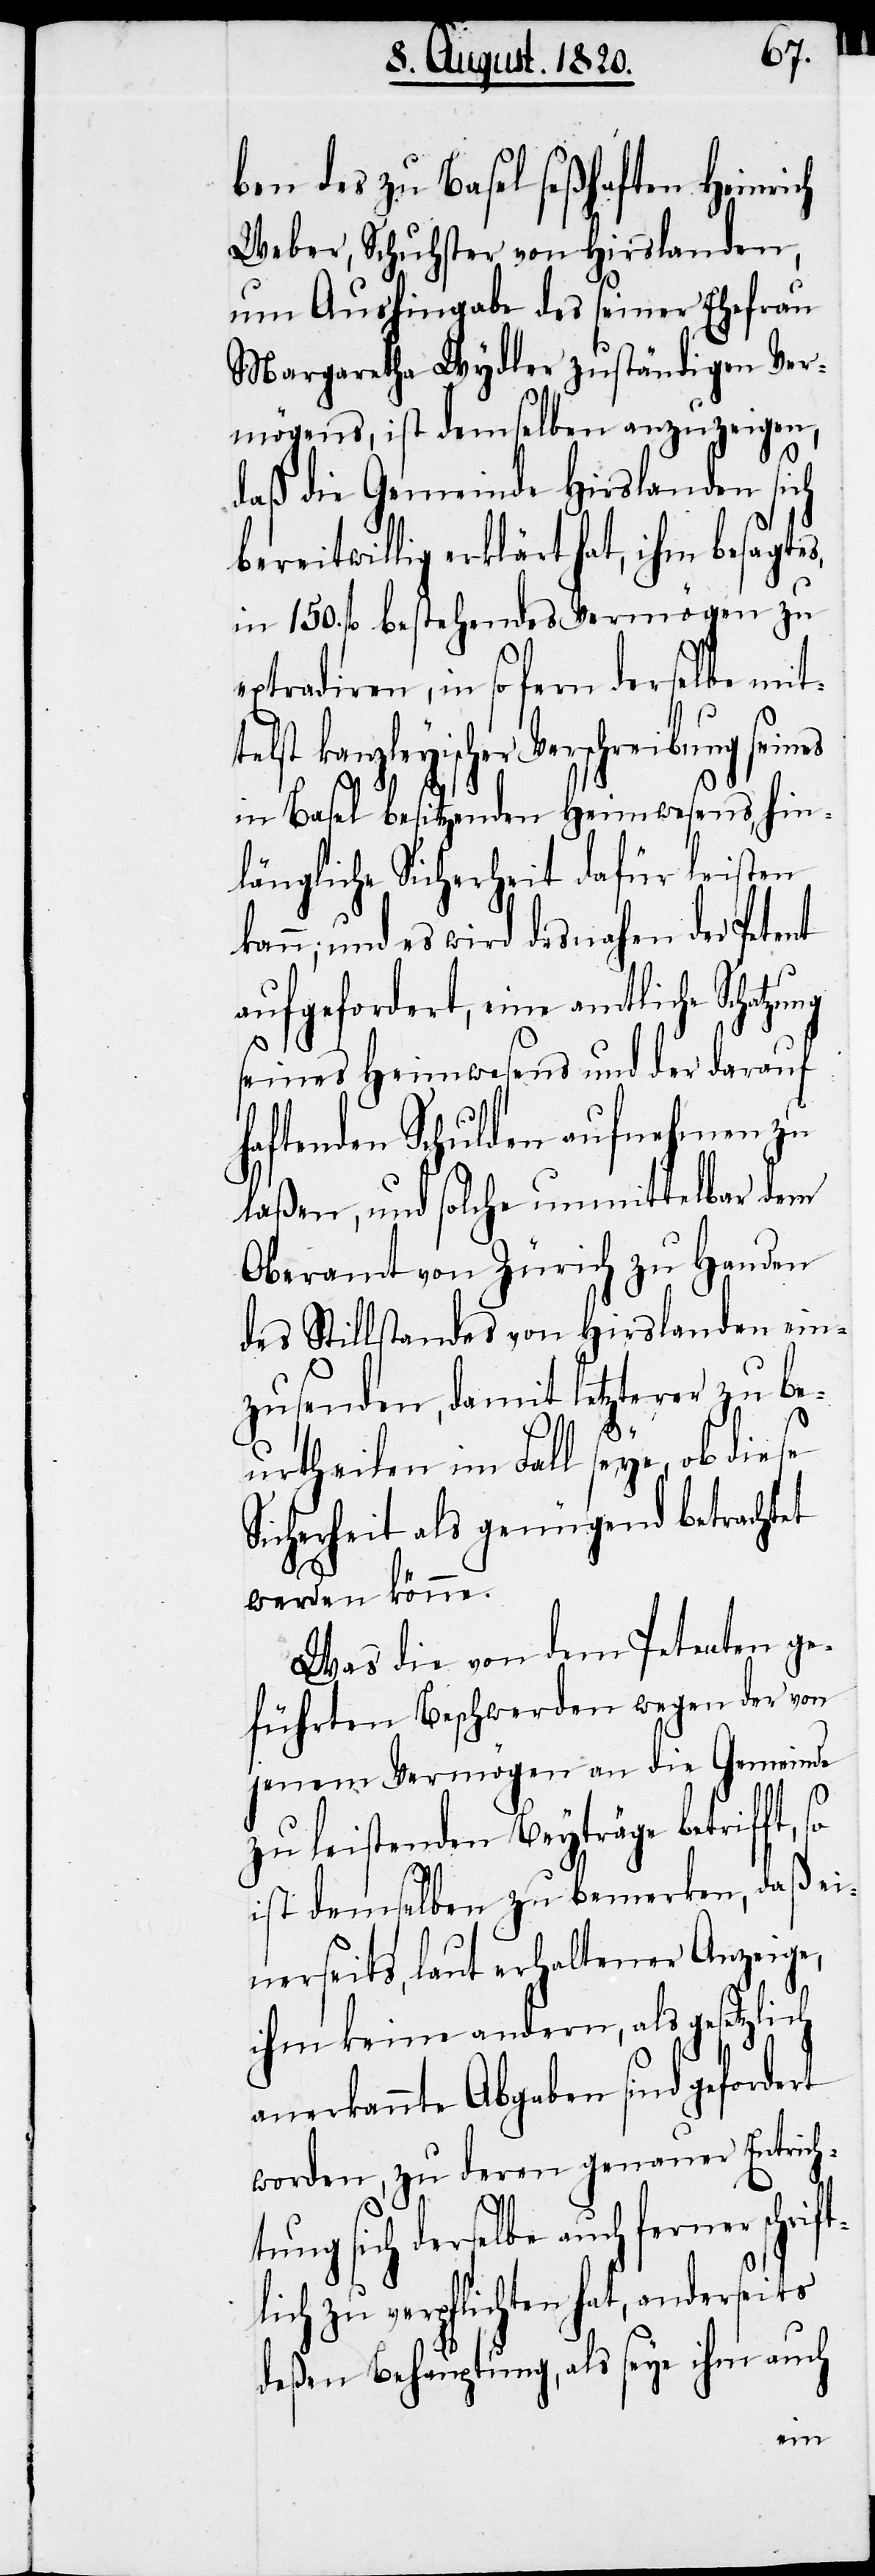
ben des zu Basel seßhaften Heinrich
Weber, Schuhster von Hirslanden,
um Aushingabe des seiner Ehefrau
Margaretha Wydler zuständigen Ver¬
mögens, ist demselben anzuzeigen,
daß die Gemeinde Hirslanden sich
bereitwillig erklärt hat, ihm besagtes,
in 150. fl. bestehendes Vermögen zu
extradiren, in sofern derselbe mit¬
telst kanzleyischer Verschreibung seines
in Basel besitzenden Heimwesens, hin¬
längliche Sicherheit dafür leisten
kann; und es wird desnahen der Petent
aufgefordert, eine amtliche Schatzung
seines Heimwesens und der darauf
haftenden Schulden aufnehmen zu
laßen, und solche unmittelbar dem
Oberamt von Zürich zu Handen
des Stillstandes von Hirslanden ein¬
zusenden, damit letzterer zu be¬
urtheilen im Fall seye, ob diese
Sicherheit als genügend betrachtet
werden könne.
Was die von dem Petenten ge¬
führten Beschwerden wegen der von
jenem Vermögen an die Gemeinde
zu leistenden Beyträge betrifft,
ist demselben zu bemerken, daß ei¬
nerseits, laut erhaltener Anzeige,
ihm keine andern, als gesetzlich
anerkannte Abgaben sind gefor¬
worden, zu deren genauer Entricht¬
ung sich derselbe auch ferner s¬
lich zu verpflichten hat, anderseits
deßen Behauptung, als seye ihm auch
chrift¬